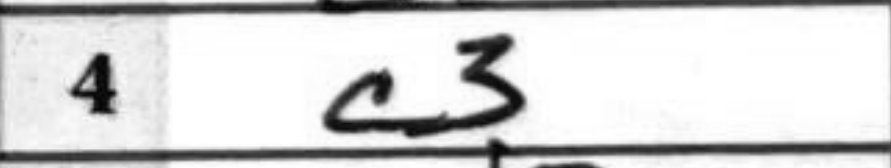
Transcription: c3